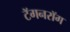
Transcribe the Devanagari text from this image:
टॅगनरॉग